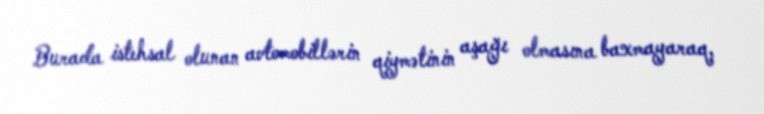
Burada istehsal olunan avtomobillərin qiymətinin aşağı olmasına baxmayaraq,